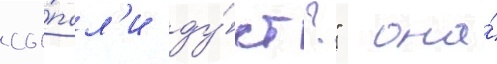
сы́пал'и ду́ст?"  она́